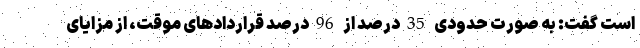
است گفت: به صورت حدودی 35درصد از 96درصد قراردادهای موقت، از مزایای